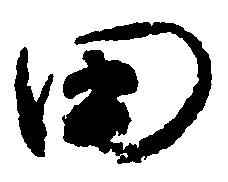
田